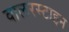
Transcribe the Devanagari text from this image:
वालरस्टाइन